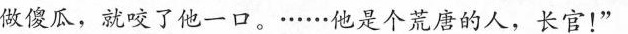
做傻瓜，就咬了他一口。·...··他是个荒唐的人，长官!”